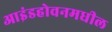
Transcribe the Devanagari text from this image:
आइंडहोवनमधील